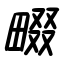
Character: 畷